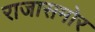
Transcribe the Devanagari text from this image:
राजासमोर